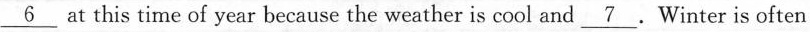
\underline{6} at this time of year because the weather is cool and \underline{7}. Winter is often